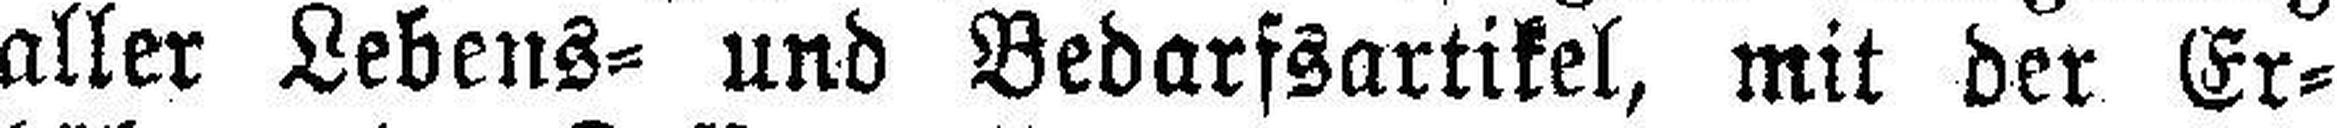
aller Lebens= und Bedarfsartikel, mit der Er¬